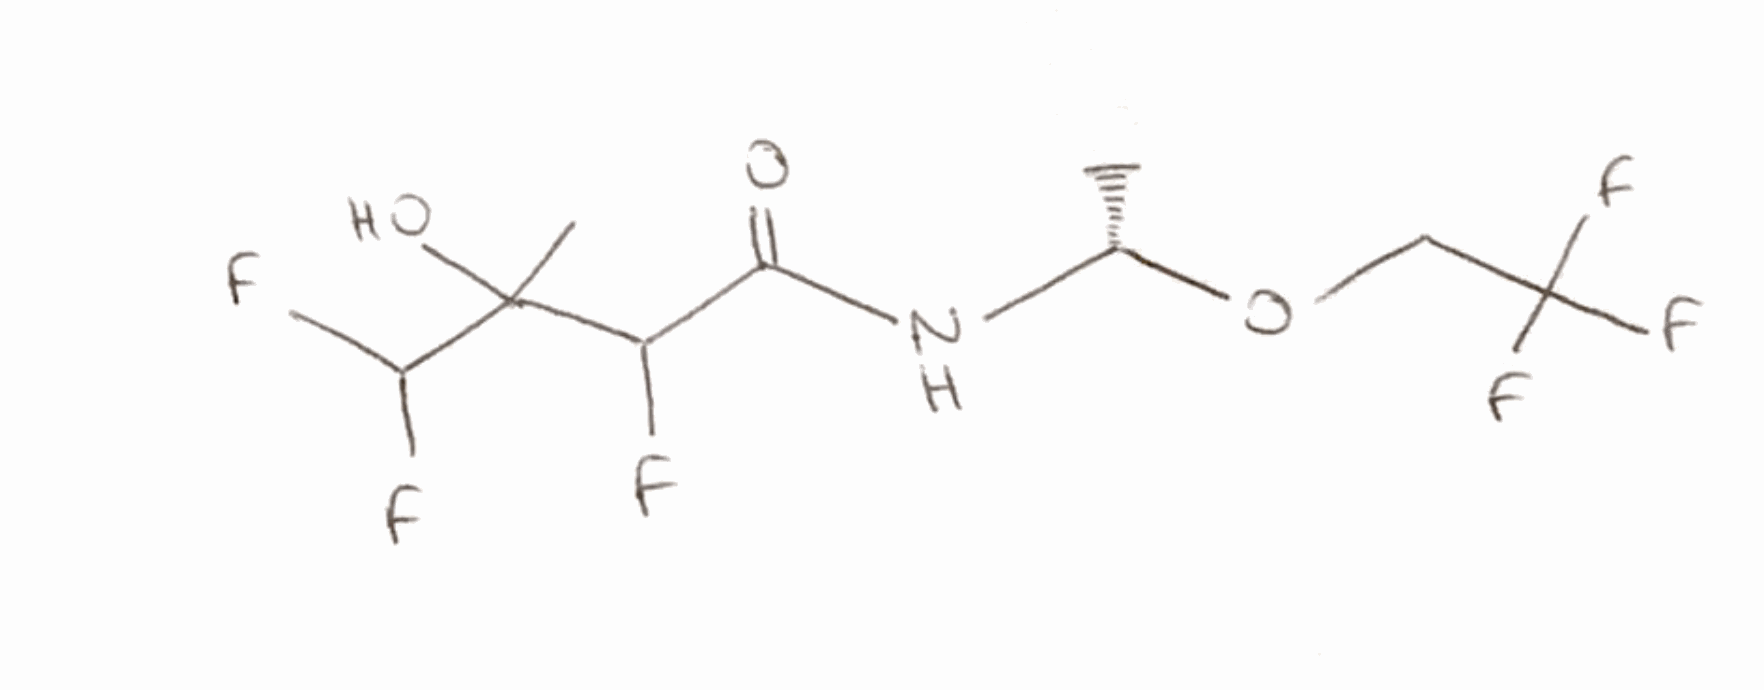
Simplified molecular-input line-entry system (SMILES) notation of the given molecule:
C[C@@H](NC(=O)C(C(C)(C(F)F)O)F)OCC(F)(F)F